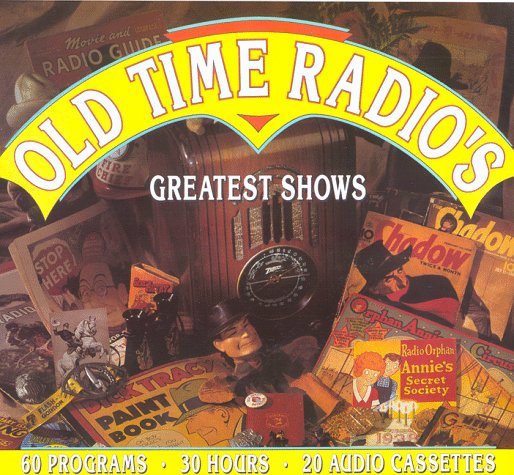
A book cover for Old Time Radio's Greatest Shows; Jimmy Durante; Humor & Entertainment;